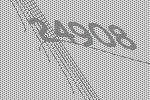
24908